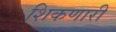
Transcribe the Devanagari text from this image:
शिकणारी